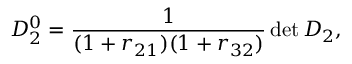
D _ { 2 } ^ { 0 } = \frac { 1 } { ( 1 + r _ { 2 1 } ) ( 1 + r _ { 3 2 } ) } \operatorname* { d e t } D _ { 2 } ,